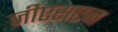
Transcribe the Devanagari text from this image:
जीएसएन